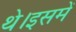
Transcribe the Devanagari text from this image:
थे।इसमें